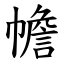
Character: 幨